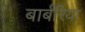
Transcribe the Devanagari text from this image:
बार्बरिया